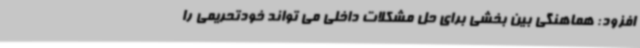
افزود: هماهنگی بین بخشی برای حل مشکلات داخلی می تواند خودتحریمی را